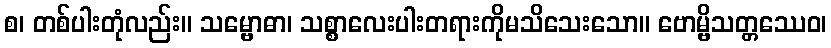
စ၊ တစ်ပါးတုံလည်း။ သမ္ဗောဓာ၊ သစ္စာလေးပါးတရားကိုမသိသေးသော။ ဗောမ္ဗိသတ္တဿေဝ၊